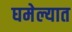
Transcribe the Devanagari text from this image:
घमेल्यात